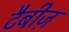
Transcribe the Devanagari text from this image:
टैबीज़